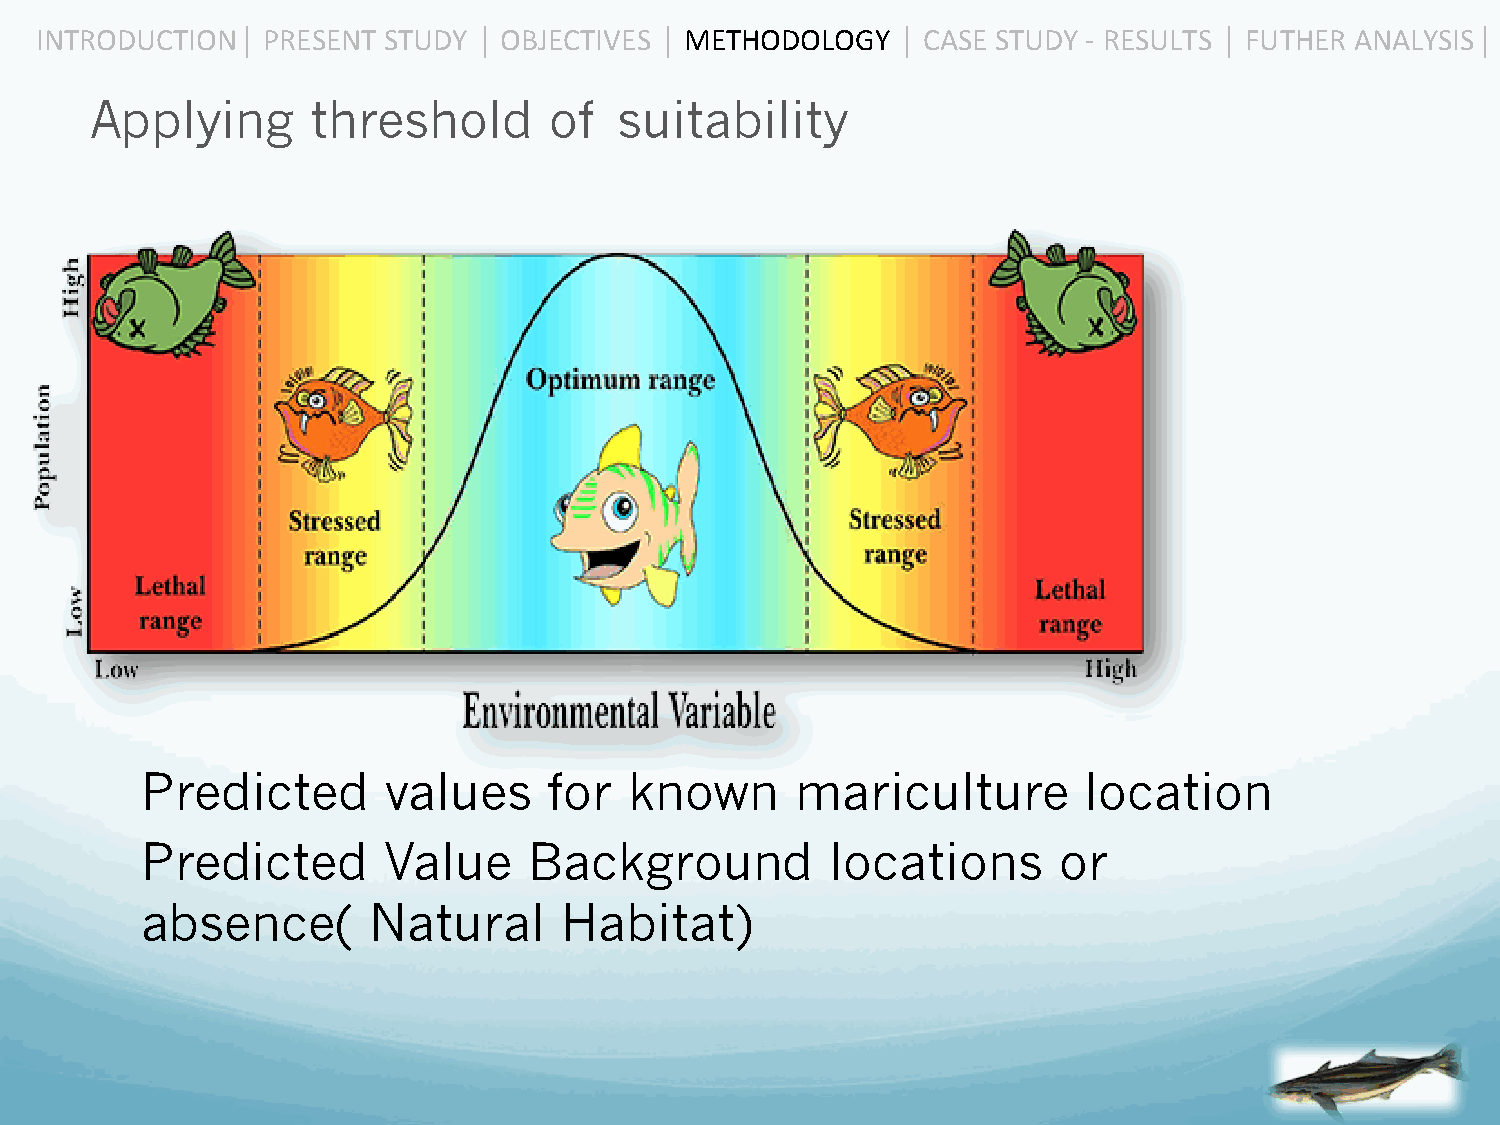
INTRODUCTION  ⎜ PRESENT STUDY ⎜ OBJECTIVES ⎜ METHODOLOGY ⎜ CASE STUDY -­‐ RESULTS ⎜ FUTHER ANALYSIS ⎜
 Applying       threshold      of   suitability
 Predicted       values     for   known      mariculture        location
 Predicted       Value     Background          locations      or
 absence(       Natural      Habitat)